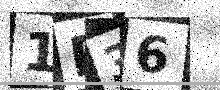
Text: 1E36